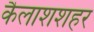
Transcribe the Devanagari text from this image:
कैलाशशहर